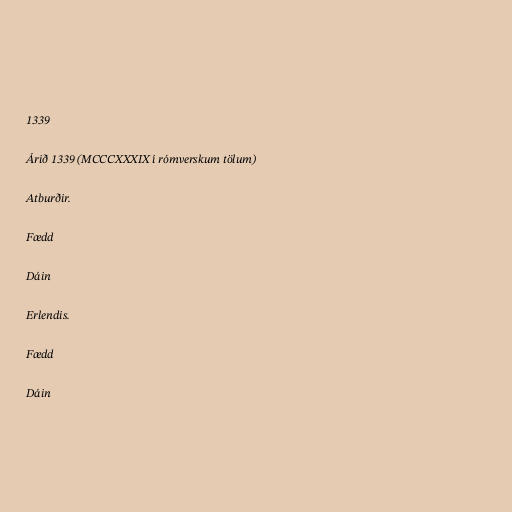
1339

Árið 1339 (MCCCXXXIX í rómverskum tölum)

Atburðir.

Fædd

Dáin

Erlendis.

Fædd

Dáin